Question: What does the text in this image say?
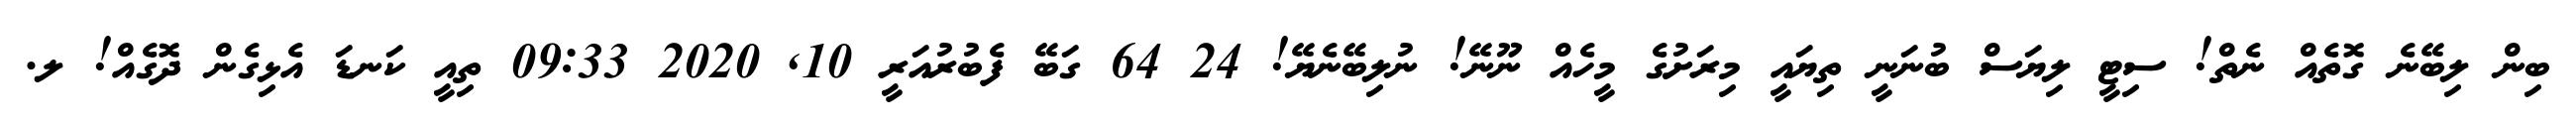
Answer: ބިން ލިބޭނެ ގޮތެއް ނެތް! ސިޓީ ލިޔަސް ބުނަނީ ތިޔައީ މިރަށުގެ މީހެއް ނޫނޭ! ނުލިބޭނެޔޭ! 24 64 ގަބޭ ފެބުރުއަރީ 10, 2020 09:33 ތިއީ ކަނޑަ އެޅިގެން ދޮގެއް! ލ.